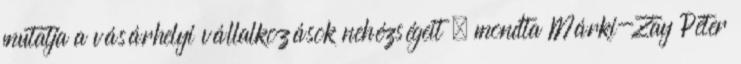
mutatja a vásárhelyi vállalkozások nehézségeit – mondta Márki-Zay Péter